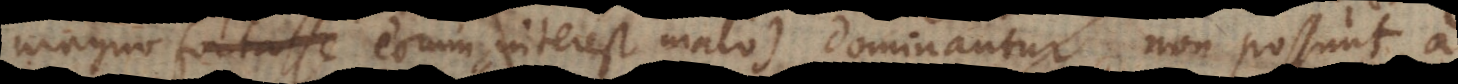
magno fortasse eorum interest malo) dominantur, non possunt a